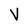
Character: V